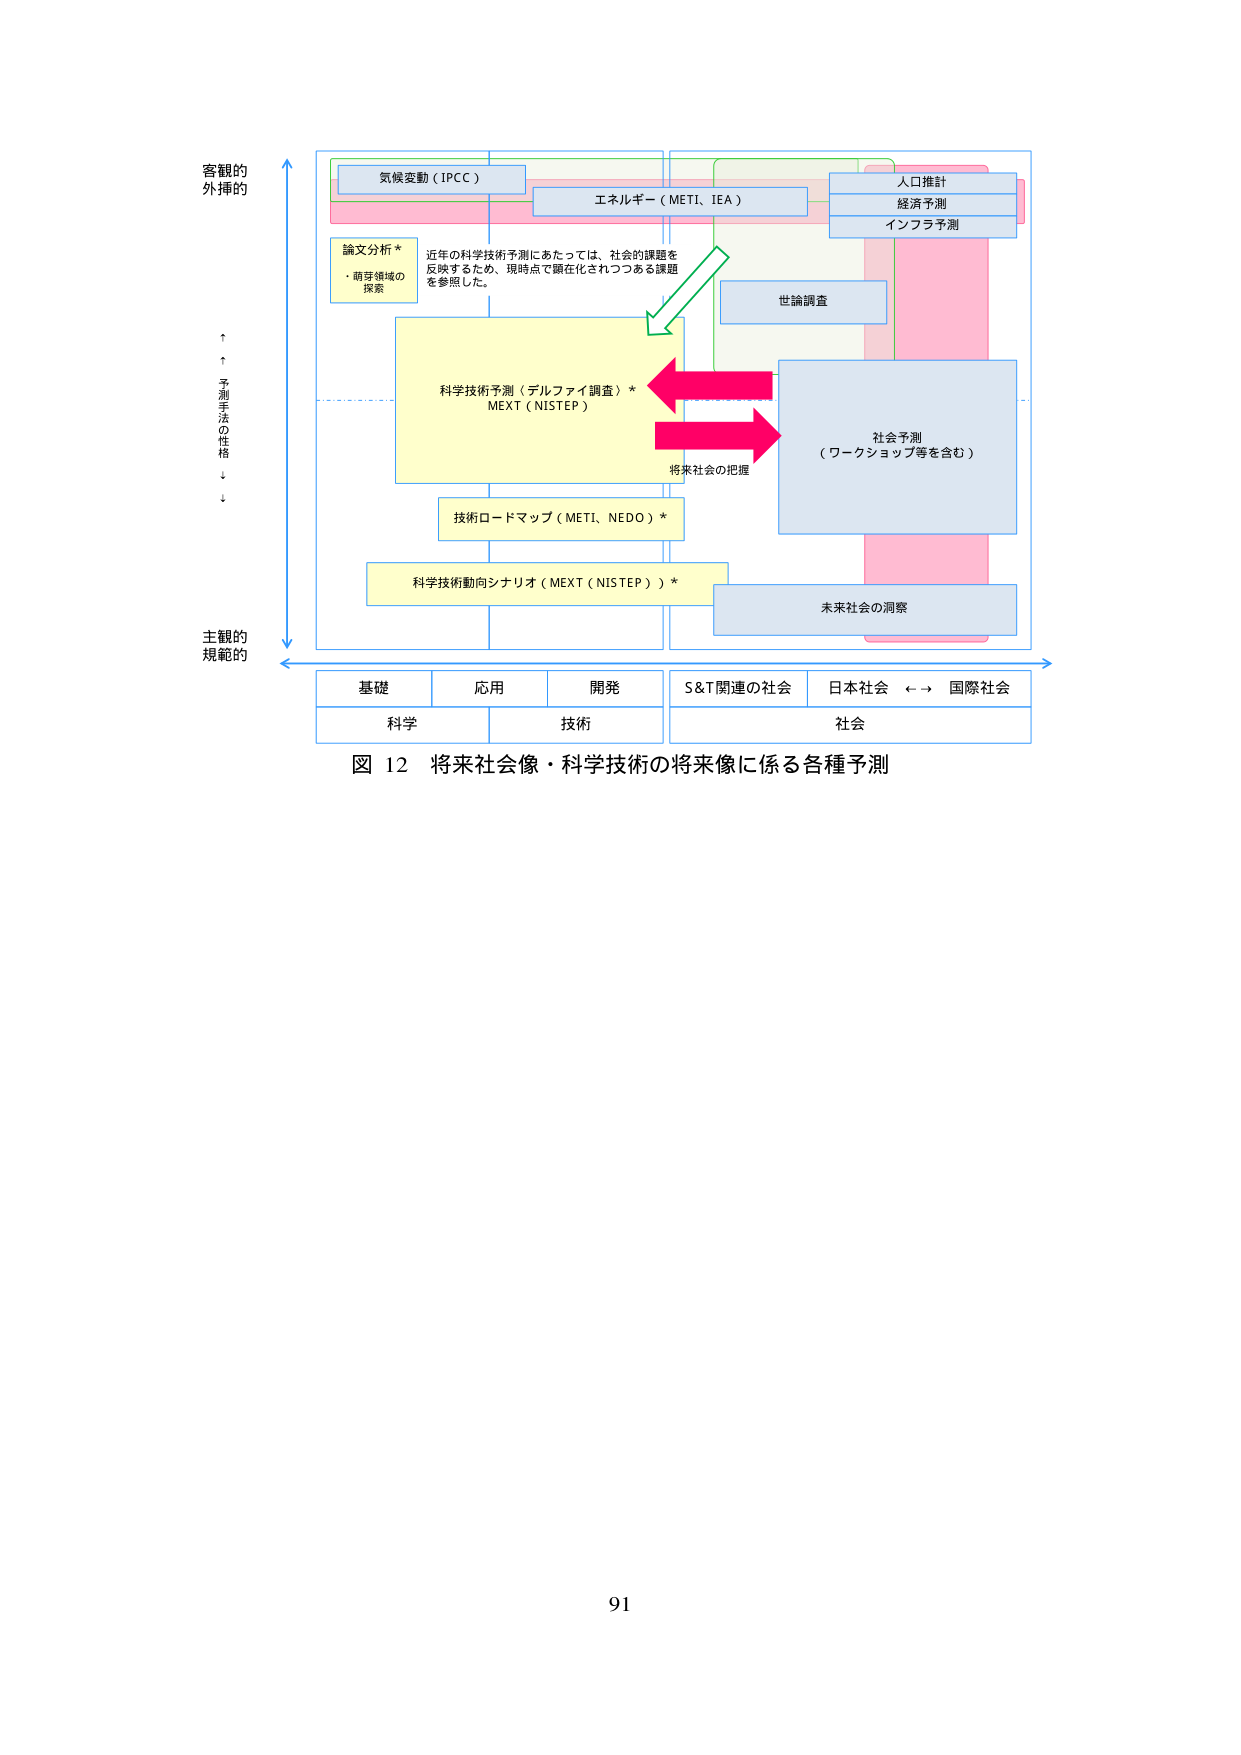
客観的
外挿的

予測手法の性格

主観的
規範的

気候変動（IPCC）
エネルギー（METI、IEA）
人口推計
経済予測
インフラ予測

論文分析 *
・萌芽領域の
探察

近年の科学技術予測にあたっては、社会的課題を
反映するため、現時点で顕在化されつつある課題
を参照した。

世論調査

科学技術予測（デルファイ調査）*
MEXT（NISTEP）

将来社会の把握

社会予測
（ワークショップ等を含む）

技術ロードマップ（METI、NEDO）*

科学技術動向シナリオ（MEXT（NISTEP））*

未来社会の洞察

基礎
応用
開発
S&T関連の社会
日本社会 ←→ 国際社会
科学
技術
社会

図 12 将来社会像・科学技術の将来像に係る各種予測

91